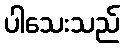
ပါသေးသည်